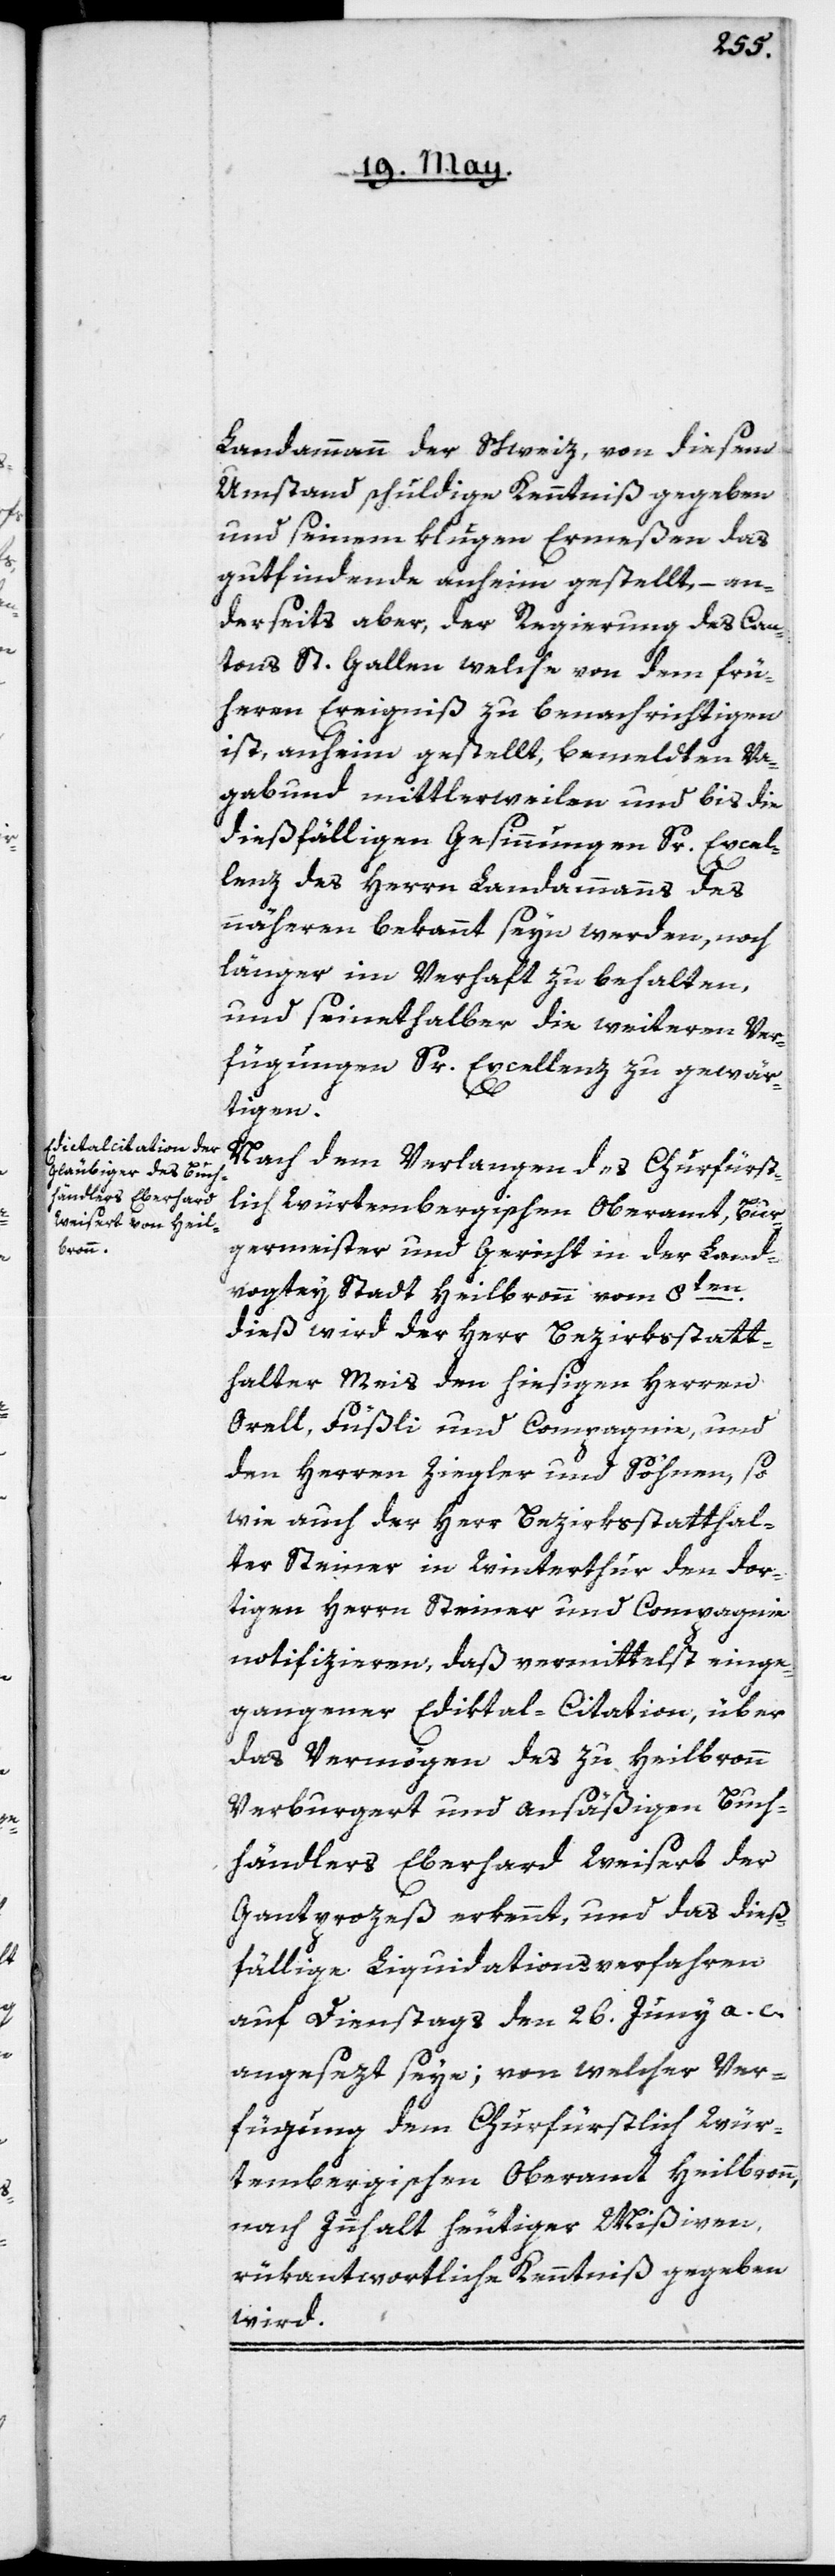
Landammann der Schweiz, von diesem
Umstand schuldige Kenntniß gegeben
und seinem klugen Ermeßen das
gutfindende anheim gestellt, – an¬
derseits aber, der Regierung des Can¬
tons St. Gallen welche von dem frü¬
heren Ereignis zu benachrichtigen
ist, anheim gestellt, bemeldten Va¬
gabund mittlerweilen und bis die
dießfälligen Gesinnungen Sr. Excel¬
lenz des Herrn Landammanns des
nähern bekannt seyn werden, noch
länger im Verhaft zu behalten,
und seinethalber die weiteren Ver¬
fügungen Sr. Excellenz zu gewär¬
tigen.
Nach dem Verlangen des churfüst¬
lich Würtembergischen Oberamt, Bur¬
germeister und Gericht in der Land¬
vogtey Stadt Heilbronn vom 8ten
dieß, wird der Herr Bezirksstatt¬
halter Meis den hiesigen Herren
Orell, Füßli & Compagnie, und
den Herren Ziegler und Söhnen, so
wie auch der Herr Bezirksstatthal¬
ter Steiner in Winterthur den dor¬
tigen Herrn Steiner und Compagnie
notifizieren, daß vermittelst einge¬
gangener Ediktal-Citation, über
das Vermögen des zu Heilbronn
verburgert und ansäßigen Buch¬
händlers Eberhard Weisert der
Gantprozeß erkennt, und das dieß¬
fällige Liquidationsverfahren
auf Dienstag den 26. Juny a. c.
angesezt seye; von welcher Ver¬
fügung dem Churfürstlich Wür¬
tembergischen Oberamt Heilbronn,
nach Innhalt heutiger Mißiven,
rükantwortliche Kenntniß gegeben
wird.